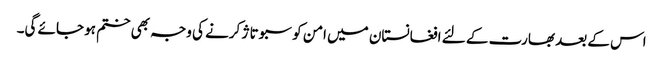
اس کے بعد بھارت کے لئے افغانستان میں امن کو سبوتاژ کرنے کی وجہ بھی ختم ہو جائے گی۔